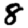
Digit: 8